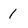
Character: 1